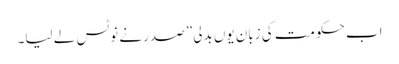
اب حکومت کی زبان یوں بدلی” صدر نے نوٹس لے لیا۔